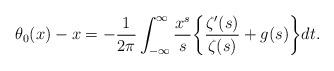
LaTeX: \begin{align*} \theta_0(x) - x = - \frac{1}{2\pi} \int_{-\infty}^{\infty} \frac{x^{s}}{s} \bigg\{ \frac{\zeta'(s)}{\zeta(s)} + g(s) \bigg\} dt.\end{align*}